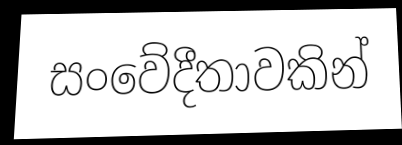
සංවේදීතාවකින්